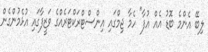
ލިބޭ އެންމެ ބޮޑު އެއް އުފާ" ހެމާ ޖިމްގައި އިންސްޓްރަކްޓަރެއްގެ ވަޒީފާގައި އުޅެމުންގެން